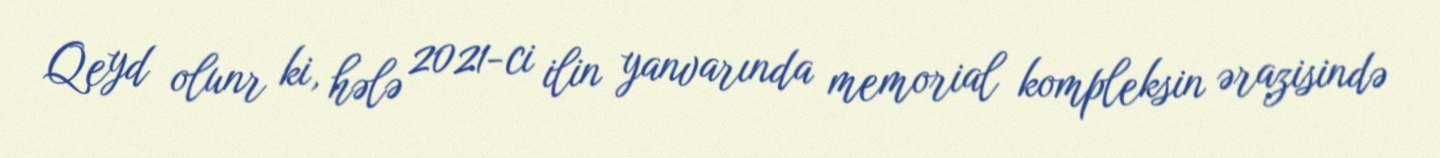
Qeyd olunr ki, hələ 2021-ci ilin yanvarında memorial kompleksin ərazisində